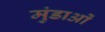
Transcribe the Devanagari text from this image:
मुंडाओं